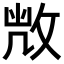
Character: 𢽆